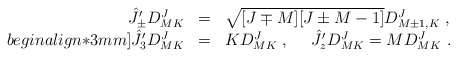
\begin{align*}\begin{array}{rcl}\hat{J}_\pm^\prime D^{J}_{MK}&=&\sqrt{[J\mp M][J\pm M-1]}D^{J}_{M\pm 1,K}~,\\begin{align*}3mm]\hat{J}_3^\prime D^{J}_{MK}&=&K D^{J}_{MK}~, ~~~~\hat{J}_z^\prime D^{J}_{MK}=M D^{J}_{MK}~.\end{array}\end{align*}